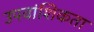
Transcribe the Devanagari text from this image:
उपवांशिकता